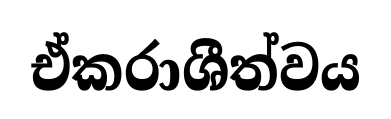
ඒකරාශීත්වය